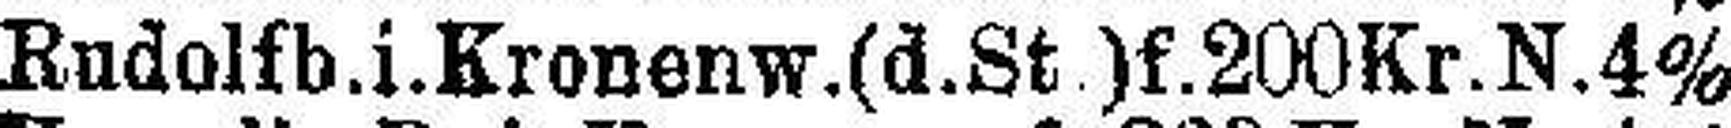
Rudolfb.i.Kronenw.(d.St )f. 200 Kr.N.4%